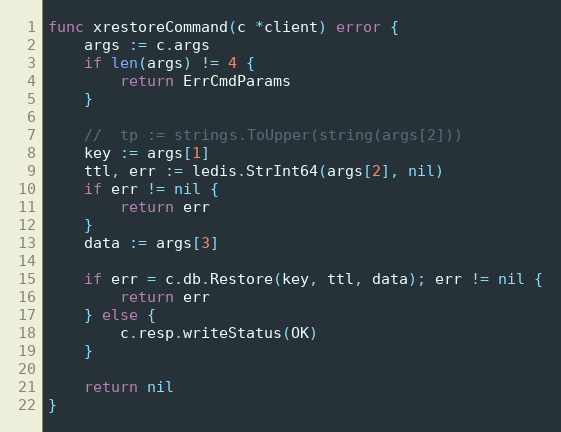
Language: Go
func xrestoreCommand(c *client) error {
	args := c.args
	if len(args) != 4 {
		return ErrCmdParams
	}

	//	tp := strings.ToUpper(string(args[2]))
	key := args[1]
	ttl, err := ledis.StrInt64(args[2], nil)
	if err != nil {
		return err
	}
	data := args[3]

	if err = c.db.Restore(key, ttl, data); err != nil {
		return err
	} else {
		c.resp.writeStatus(OK)
	}

	return nil
}